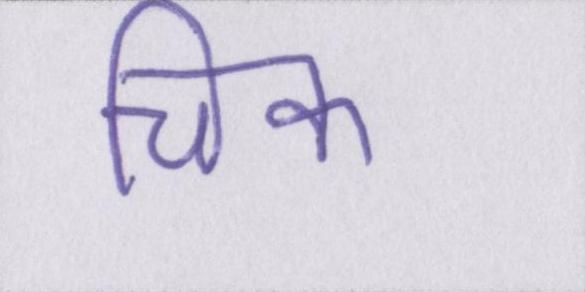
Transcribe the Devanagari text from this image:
चिक